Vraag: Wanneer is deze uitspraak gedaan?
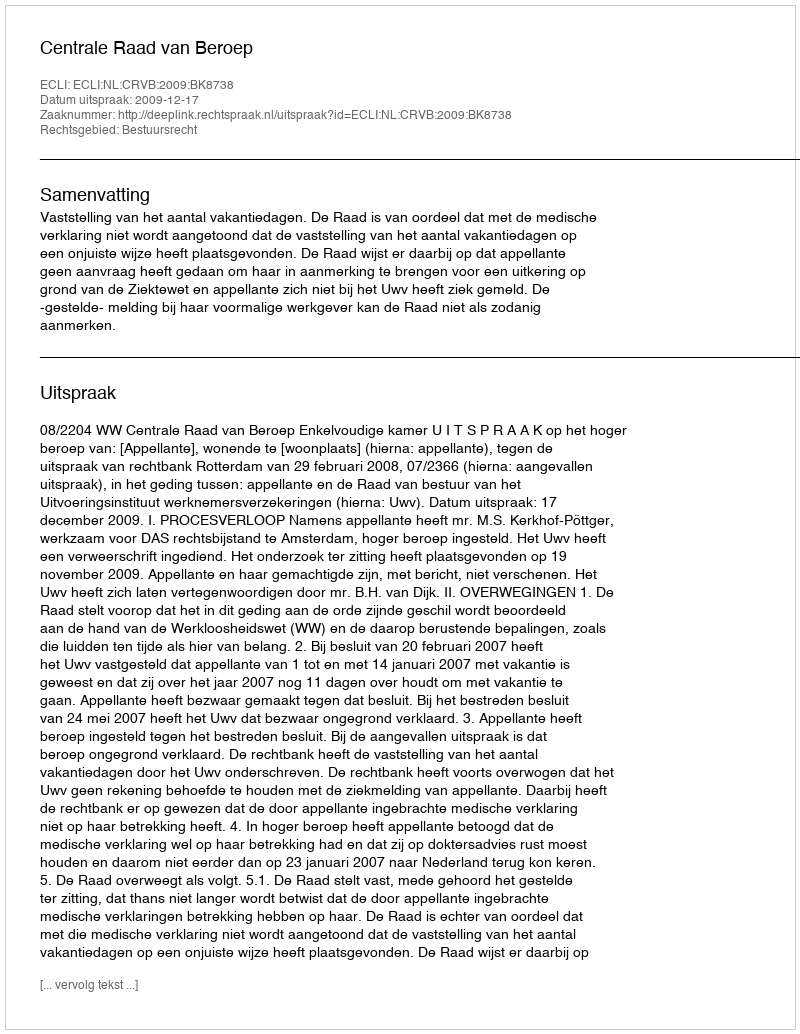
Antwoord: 2009-12-17